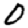
Digit: 0